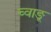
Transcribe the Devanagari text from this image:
च्वाङू